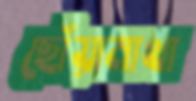
ছোঁয়ামাখা